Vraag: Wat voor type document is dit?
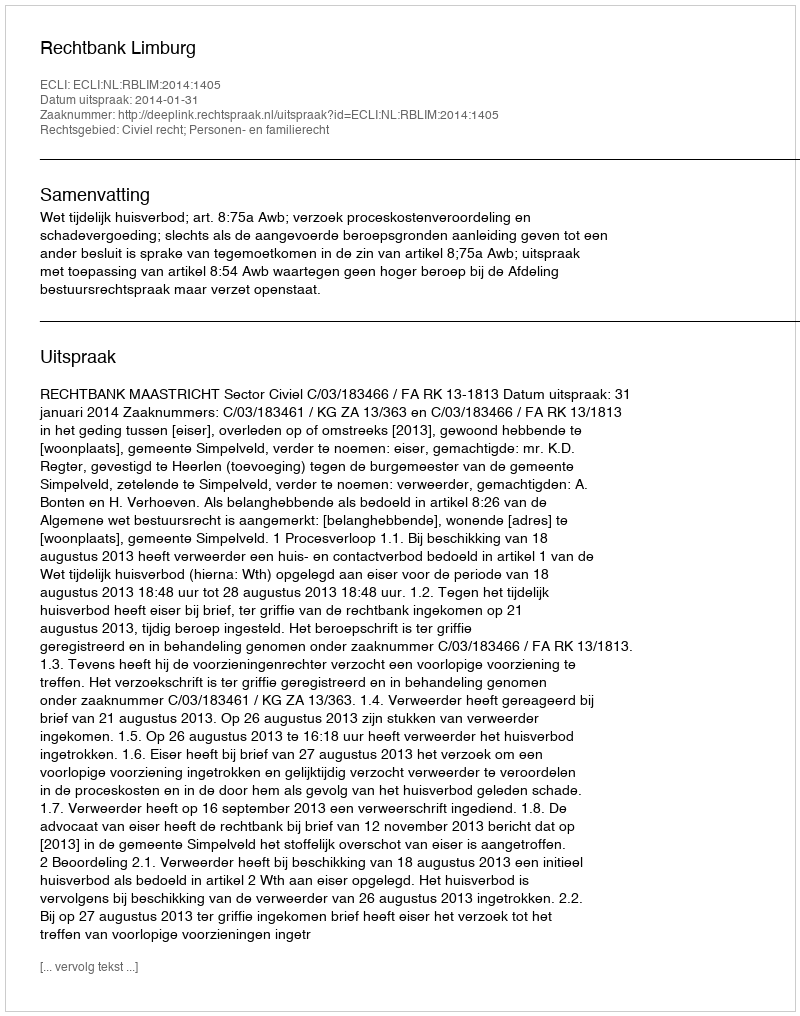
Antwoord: Uitspraak